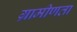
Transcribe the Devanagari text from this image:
ग्रामीणता